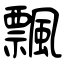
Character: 飄